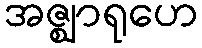
အဇ္ဈာရုဟေ